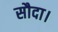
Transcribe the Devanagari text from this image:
सौदा।